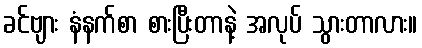
ခင်ဗျား နံနက်စာ စားပြီးတာနဲ့ အလုပ် သွားတာလား။